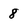
Character: 8